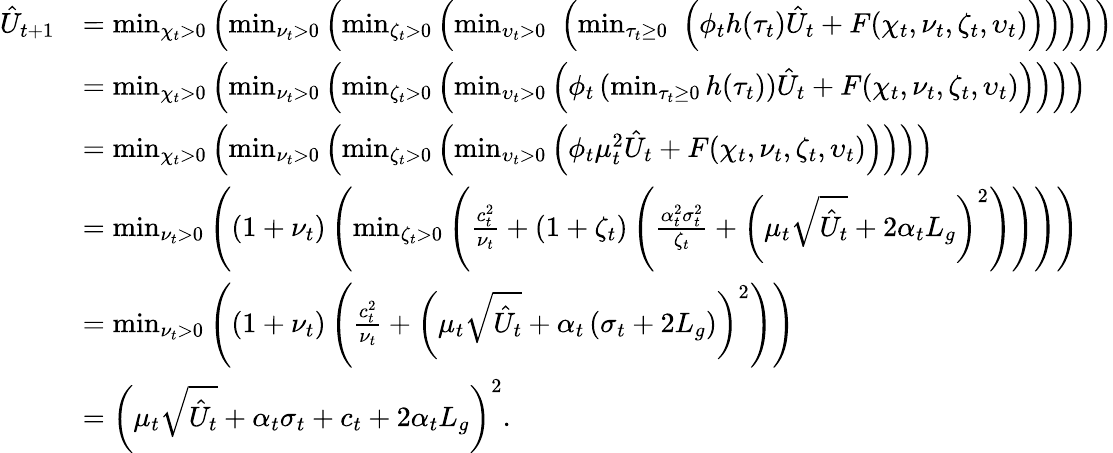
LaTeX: \begin{array}{rl}{\hat{U}_{t+1}}&{=\operatorname*{min}_{\chi_{t}>0}\left(\operatorname*{min}_{\nu_{t}>0}\left(\operatorname*{min}_{\zeta_{t}>0}\left(\operatorname*{min}_{\upsilon_{t}>0}\, \, \left(\operatorname*{min}_{\tau_{t}\ge 0}\, \, \left(\phi_{t}h(\tau_{t})\hat{U}_{t}+F(\chi_{t},\nu_{t},\zeta_{t},\upsilon_{t})\right)\right)\right)\right)\right)}\\ &{=\operatorname*{min}_{\chi_{t}>0}\left(\operatorname*{min}_{\nu_{t}>0}\left(\operatorname*{min}_{\zeta_{t}>0}\left(\operatorname*{min}_{\upsilon_{t}>0}\left(\phi_{t}\left(\operatorname*{min}_{\tau_{t}\ge 0}h(\tau_{t})\right)\hat{U}_{t}+F(\chi_{t},\nu_{t},\zeta_{t},\upsilon_{t})\right)\right)\right)\right)}\\ &{=\operatorname*{min}_{\chi_{t}>0}\left(\operatorname*{min}_{\nu_{t}>0}\left(\operatorname*{min}_{\zeta_{t}>0}\left(\operatorname*{min}_{\upsilon_{t}>0}\left(\phi_{t}\mu_{t}^{2}\hat{U}_{t}+F(\chi_{t},\nu_{t},\zeta_{t},\upsilon_{t})\right)\right)\right)\right)}\\ &{=\operatorname*{min}_{\nu_{t}>0}\left(\left(1+\nu_{t}\right)\left(\operatorname*{min}_{\zeta_{t}>0}\left(\frac{c_{t}^{2}}{\nu_{t}}+\left(1+\zeta_{t}\right)\left(\frac{\alpha_{t}^{2}\sigma_{t}^{2}}{\zeta_{t}}+\left(\mu_{t}\sqrt{\hat{U}_{t}}+2\alpha_{t}L_{g}\right)^{2}\right)\right)\right)\right)}\\ &{=\operatorname*{min}_{\nu_{t}>0}\left(\left(1+\nu_{t}\right)\left(\frac{c_{t}^{2}}{\nu_{t}}+\left(\mu_{t}\sqrt{\hat{U}_{t}}+\alpha_{t}\left(\sigma_{t}+2L_{g}\right)\right)^{2}\right)\right)}\\ &{=\left(\mu_{t}\sqrt{\hat{U}_{t}}+\alpha_{t}\sigma_{t}+c_{t}+2\alpha_{t}L_{g}\right)^{2}.}\end{array}